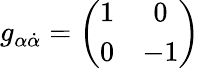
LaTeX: g_{\alpha{\dot{\alpha}}}=\left(\begin{array}{cc}{{1}}&{{0}}\\ {{0}}&{{-1}}\end{array}\right)